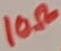
Text: 10Ω